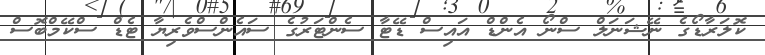
ކޮލަރާޑޯގެ ނޭޝަނަލް ސްނޯ އެންޑް އައިސް ޑޭޓާ ސެންޓަރުގެ ސައެންސްވެރިޔާ ޓެޑް ސްކޭމްބޮސް